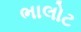
ભાલોટ